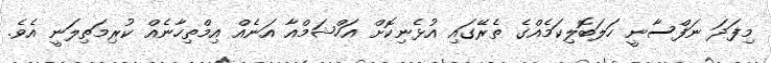
މިފަދަ ނަފްސާނީ ހަލަބޮލިކަމެއްގެ ތެރޭގައި އުޅެނިކޮށް އަހްޝަމްއާ އަނެއް އިމްތިހާނެއް ކުރިމަތިލަނީ އެވެ.